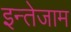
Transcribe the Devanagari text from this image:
इन्तेजाम